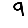
Digit: 9